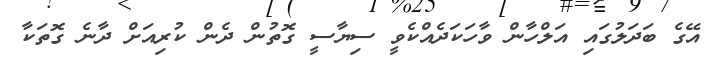
އޭގެ ބަދަލުގައި އަލްހާން ވާހަކަދެއްކެވީ ސިޔާސީ ގޮތުން ދެން ކުރިއަށް ދާނެ ގޮތަކާ